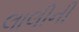
લાલીની